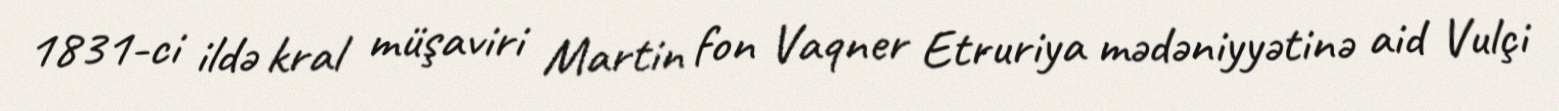
1831-ci ildə kral müşaviri Martin fon Vaqner Etruriya mədəniyyətinə aid Vulçi